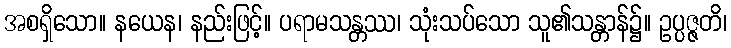
အစရှိသော။ နယေန၊ နည်းဖြင့်။ ပရာမသန္တဿ၊ သုံးသပ်သော သူ၏သန္တာန်၌။ ဥပ္ပဇ္ဇတိ၊